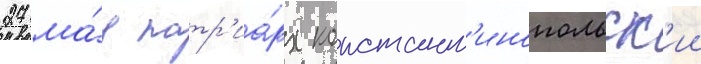
27 ма́я патр'иа́рх констант'инопольск'ии